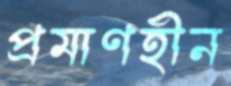
প্রমাণহীন